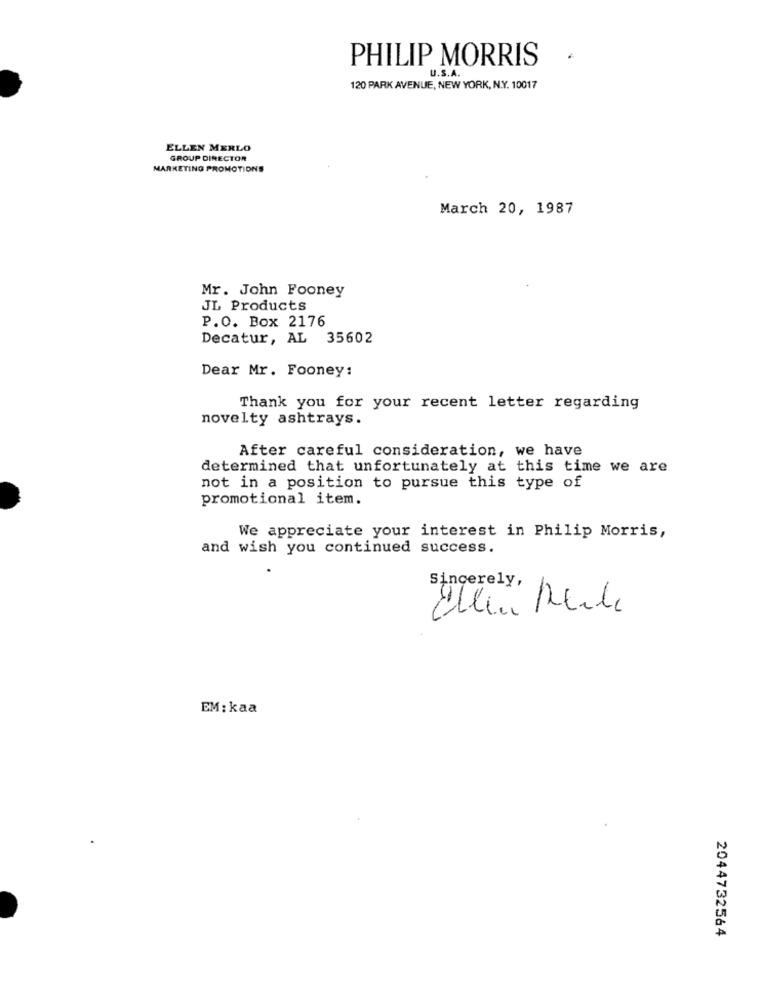
PHILIP MORRIS
U.S.A.
120 PARK AVENUE, NEW YORK, N.Y. 10017
ELLEN MERLO
GROUP DIRECTOR
MARKETING PROMOTIONS
March 20, 1987
Mr. John Fooney
JL Products
P.O. Box 2176
Decatur, AL 35602
Dear Mr. Fooney:
Thank you for your recent letter regarding
novelty ashtrays.
After careful consideration, we have
determined that unfortunately at this time we are
not in a position to pursue this type of
promotional item.
We appreciate your interest in Philip Morris,
and wish you continued success.
Sincerely,
Eller Reihe
EM: kaa
2044732564